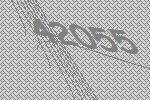
42055